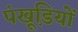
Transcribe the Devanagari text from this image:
पंखूडि़यों